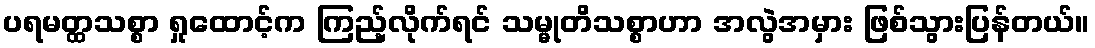
ပရမတ္ထသစ္စာ ရှုထောင့်က ကြည့်လိုက်ရင် သမ္မုတိသစ္စာဟာ အလွဲအမှား ဖြစ်သွားပြန်တယ်။